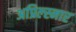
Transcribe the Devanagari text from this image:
अप्रिल्स्नार